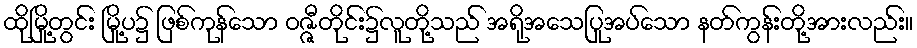
ထိုမြို့တွင်း မြို့ပ၌ ဖြစ်ကုန်သော ဝဇ္ဇီတိုင်း၌လူတို့သည် အရိုအသေပြုအပ်သော နတ်ကွန်းတို့အားလည်း။